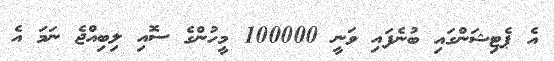
އެ ޕެޓިޝަންގައި ބުނެފައި ވަނީ 100000 މީހުންގެ ސޮއި ލިބިއްޖެ ނަމަ އެ